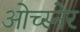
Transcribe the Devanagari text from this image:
ओच्स्नेर